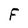
Character: F